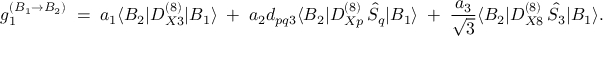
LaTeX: g _ { 1 } ^ { ( B _ { 1 } \rightarrow B _ { 2 } ) } \; = \; a _ { 1 } \langle B _ { 2 } | D _ { X 3 } ^ { ( 8 ) } | B _ { 1 } \rangle \; + \; a _ { 2 } d _ { p q 3 } \langle B _ { 2 } | D _ { X p } ^ { ( 8 ) } \, \hat { S } _ { q } | B _ { 1 } \rangle \; + \; \frac { a _ { 3 } } { \sqrt { 3 } } \langle B _ { 2 } | D _ { X 8 } ^ { ( 8 ) } \, \hat { S } _ { 3 } | B _ { 1 } \rangle .